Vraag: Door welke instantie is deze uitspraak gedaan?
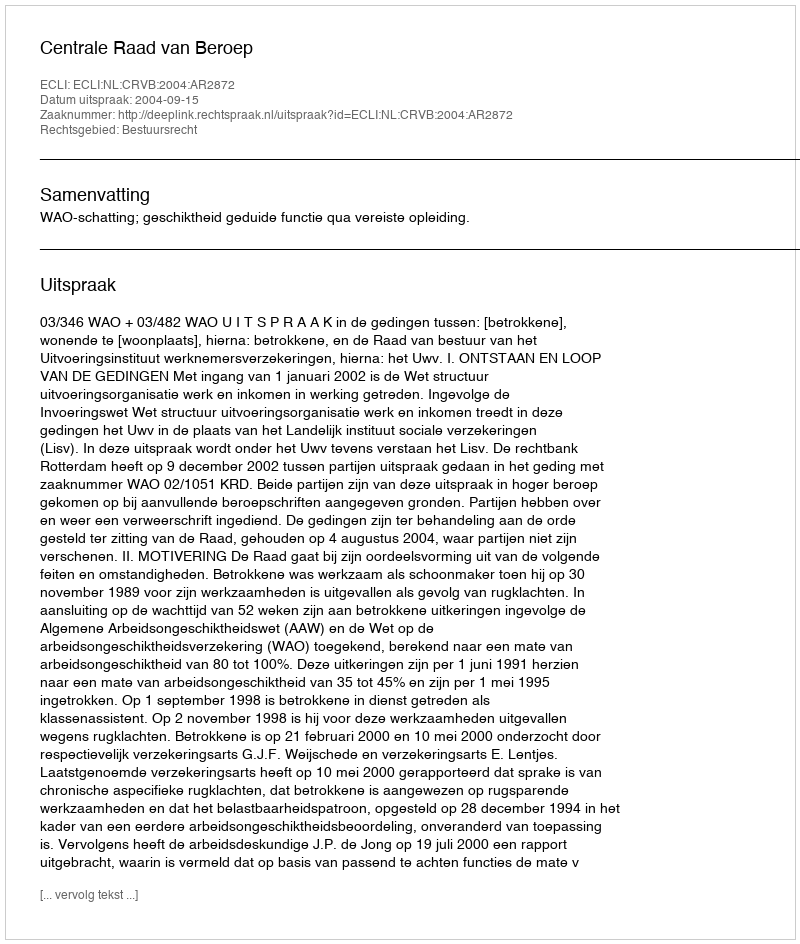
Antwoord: Centrale Raad van Beroep